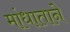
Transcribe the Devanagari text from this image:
मांधाताने